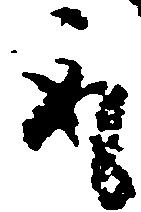
取